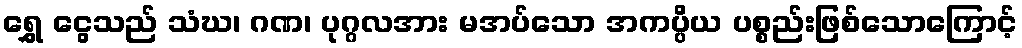
ရွှေ ငွေသည် သံဃ၊ ဂဏ၊ ပုဂ္ဂလအား မအပ်သော အကပ္ပိယ ပစ္စည်းဖြစ်သောကြောင့်